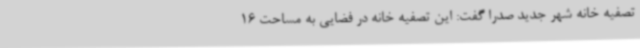
تصفیه خانه شهر جدید صدرا گفت: این تصفیه خانه در فضایی به مساحت 16